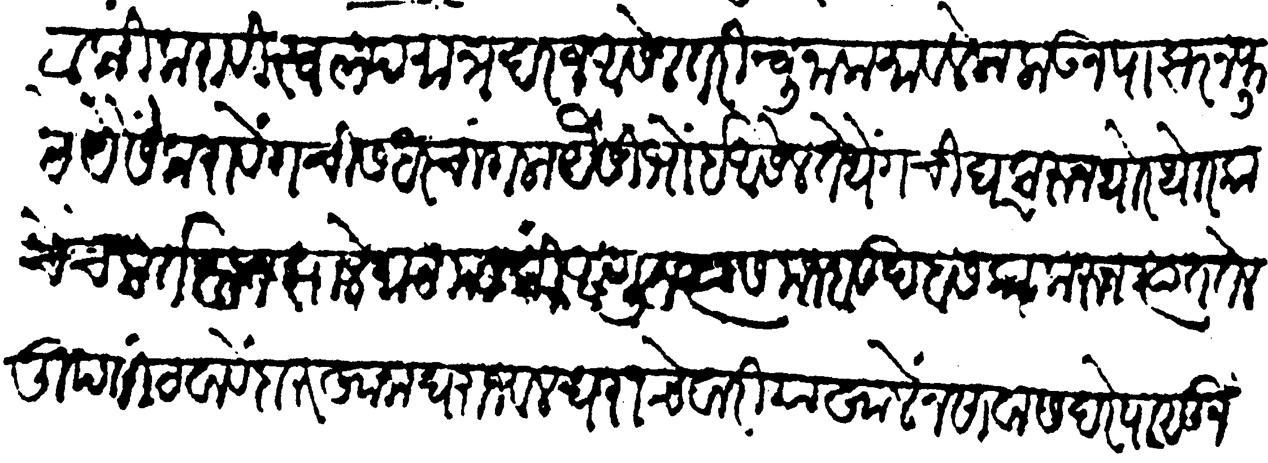
Transliteration (Devanagari): टाकी करावी स्वल्प मात्र दरज आसेल तरी चुना कमावलेला लाऊन पाझर न फुटे यैसें करावे गच्चीस धर चांगला यैसी भोई आसेल तेथे गच्चीघर करून थोर थोर काचेचे मर्तबान झोळ माठ मडकीं आणून त्यास मजबूद बसका करून त्यांत तेल तूप सांठवावें दारुखाना घराजवळ घराचे वारीया खालें नसावा सदरेपासून